Vaccination Hyderabad 1890-1903 - 1890-1903
Year: 1890
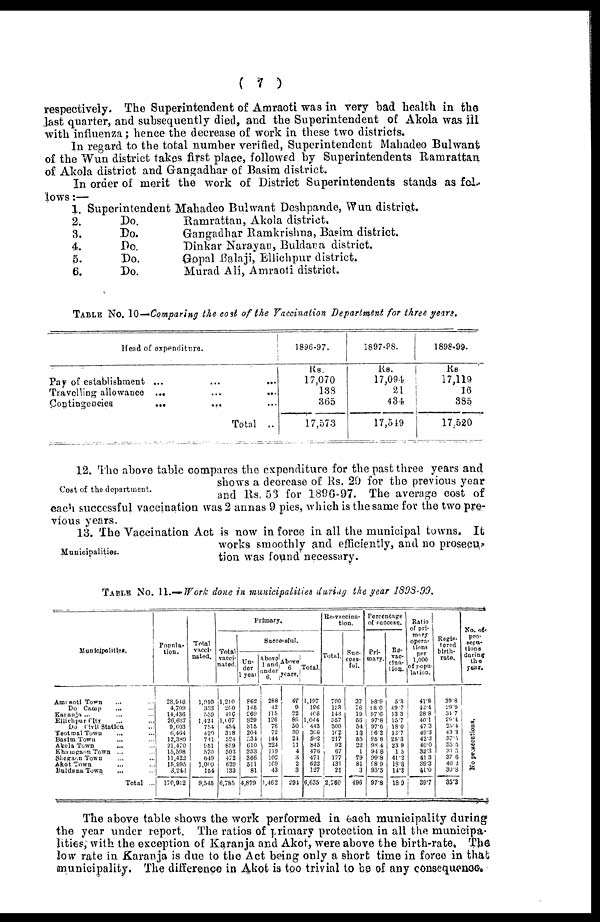
( 7 )
respectively. The Superintendent of Amraoti was in very bad health in the
last quarter, and subsequently died, and the Superintendent of Akola was ill
with influenza; hence the decrease of work in these two districts.
In regard to the total number verified, Superintendent Mahadeo Bulwant
of the Wun district takes first place, followed by Superintendents Ramrattan
of Akola district and Gangadhar of Basim district.
In order of merit the work of District Superintendents stands as fol¬
lows :—
1.
2.
3.
4.
5.
6.
Superintendent Mahadeo Bulwant Deshpande, Wun district.
Do.
Do.
Do.
Do.
Do.
Ramrattan, Akola district.
Gangadhar Ramkrishna, Basim district.
Dinkar Narayan, Buldana district.
Gopal Balaji, Ellichpur district.
Murad Ali, Amraoti district.
TABLE No. 10—Comparing the cost of the Vaccination Department for three years.
Head of expenditure.
Pay of establishment ... ... ...
Travelling allowance ...
...
...
Contingencies
...
... ...
TOTAL ..
1896-97.
Rs.
17,070
133
365
17,573
1897-98.
Rs.
17,094
21
434
17,549
1898-99.
Rs.
17,119
16
385
17,520
Cost of the department.
12. The above table compares the expenditure for the past three years and
shows a decrease of Rs. 29 for the previous year
and Rs. 53 for 1896-97. The average cost of
each successful vaccination was 2 annas 9 pies, which is the same for the two pre-
vious years.
Municipalities.
13. The Vaccination Act is now in force in all the municipal towns. It
works smoothly and efficiently, and no prosecu-
tion was found necessary.
TABLE No. 11.—Work done in municipalities during the year 1898-99.
Municipalitles.
Amraoti Town ... ...
Do Camp
... ...
Karanja ...
... ...
Ellichpur City ... ...
Do Civil Station ...
Yeotmal Town ... ...
Basim Town
... ...
Akola Town ... ...
Khamgaon Town ... ...
Shegaon Town ... ...
Akot Town ... ...
BuldanaTown
... ...
Total ...
Popula¬
tion.
28,916
4,709
14,436
26,637
9,603
6,464
12,389
21,470
15,598
11,422
15,995
3,243
170,912
Total
vacci-
nated.
1,910
353
559
1,424
754
420
741
951
570
649
1,000
154
9,545
Primary.
Total
vacci-
nated.
1,210
200
416
1,067
454
318
524
859
503
472
629
133
6,785
Successful.
Un-
der
1 year
862
145
269 829
315
204
334
610
353
366
511
81
4,879
Above
1 and
under
6.
288
42
115
126
78
72
144
224
119
102
109
43
1,462
Above
years.
47
9
22
89
50
30
24
11
4
3
2
3
294
Total.
1,197
196
406
1,044
443
306
502
845
476
471
622
127
6,635
Re-vaccina¬
tion.
Total.
700
153
143
357
300
102
217
92
67
177
431
21
2,760
Suc-
cess-
ful.
37
76
19
56
54
13
55
22
1
79
81
3
496
Percentage
of success.
Pri-
mary.
98.9
98.0
97.6
97.8
97.6
96.2
95.8
98.4
94.6
99.8
98.9
95.5
97.8
Re-
vac-
cina-
tion.
5.3
49.7
13.3
15.7
18.0
12.7
25.3
23.9
1.5
41.2
18.8
14.3
18.9
Ratio
of pri¬
mary
opera-
tions
per
1,000
of popu¬
lation.
41.8
42.4
28.8
40.1
47.3
49.3
42.3
40.0
32.3
41.3
39.3
41.0
39.7
Regis-
tered
birth-
rate.
39.8
29.9
34.7
29.4
25.4
43.3
37. 5
35.5
31.3
37.6
40.2
39.8
35.3
No.of
pro¬
secu¬
tions
during
the
year.
No prosecutions.
The above table shows the work performed in each municipality during
the year under report. The ratios of primary protection in all the municipa-
lities, with the exception of Karanja and Akot, were above the birth-rate. The
low rate in Karanja is due to the Act being only a short time in force in that
municipality. The difference in Akot is too trivial to be of any consequence.